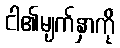
ငါ၏မျက်နှာကို